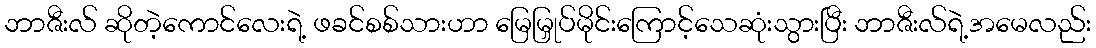
ဘာဇီးလ် ဆိုတဲ့ကောင်လေးရဲ့ ဖခင်စစ်သားဟာ မြေမြှုပ်မိုင်းကြောင့်သေဆုံးသွားပြီး ဘာဇီးလ်ရဲ့အမေလည်း